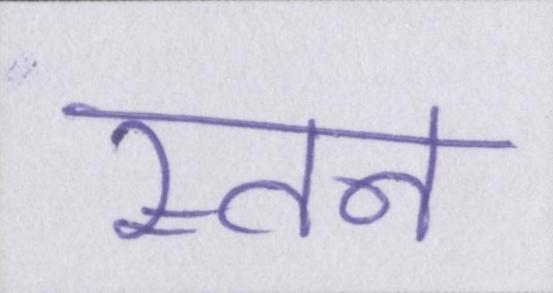
स्तन